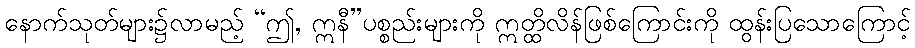
နောက်သုတ်များ၌လာမည့် “ဤ, ဣနီ”ပစ္စည်းများကို ဣတ္ထိလိန်ဖြစ်ကြောင်းကို ထွန်းပြသောကြောင့်